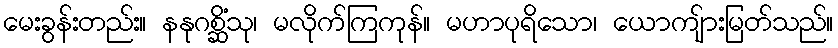
မေးခွန်းတည်း။ နနုဂစ္ဆိံသု၊ မလိုက်ကြကုန်။ မဟာပုရိသော၊ ယောကျ်ားမြတ်သည်။